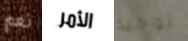
نعم الأمر توحيد